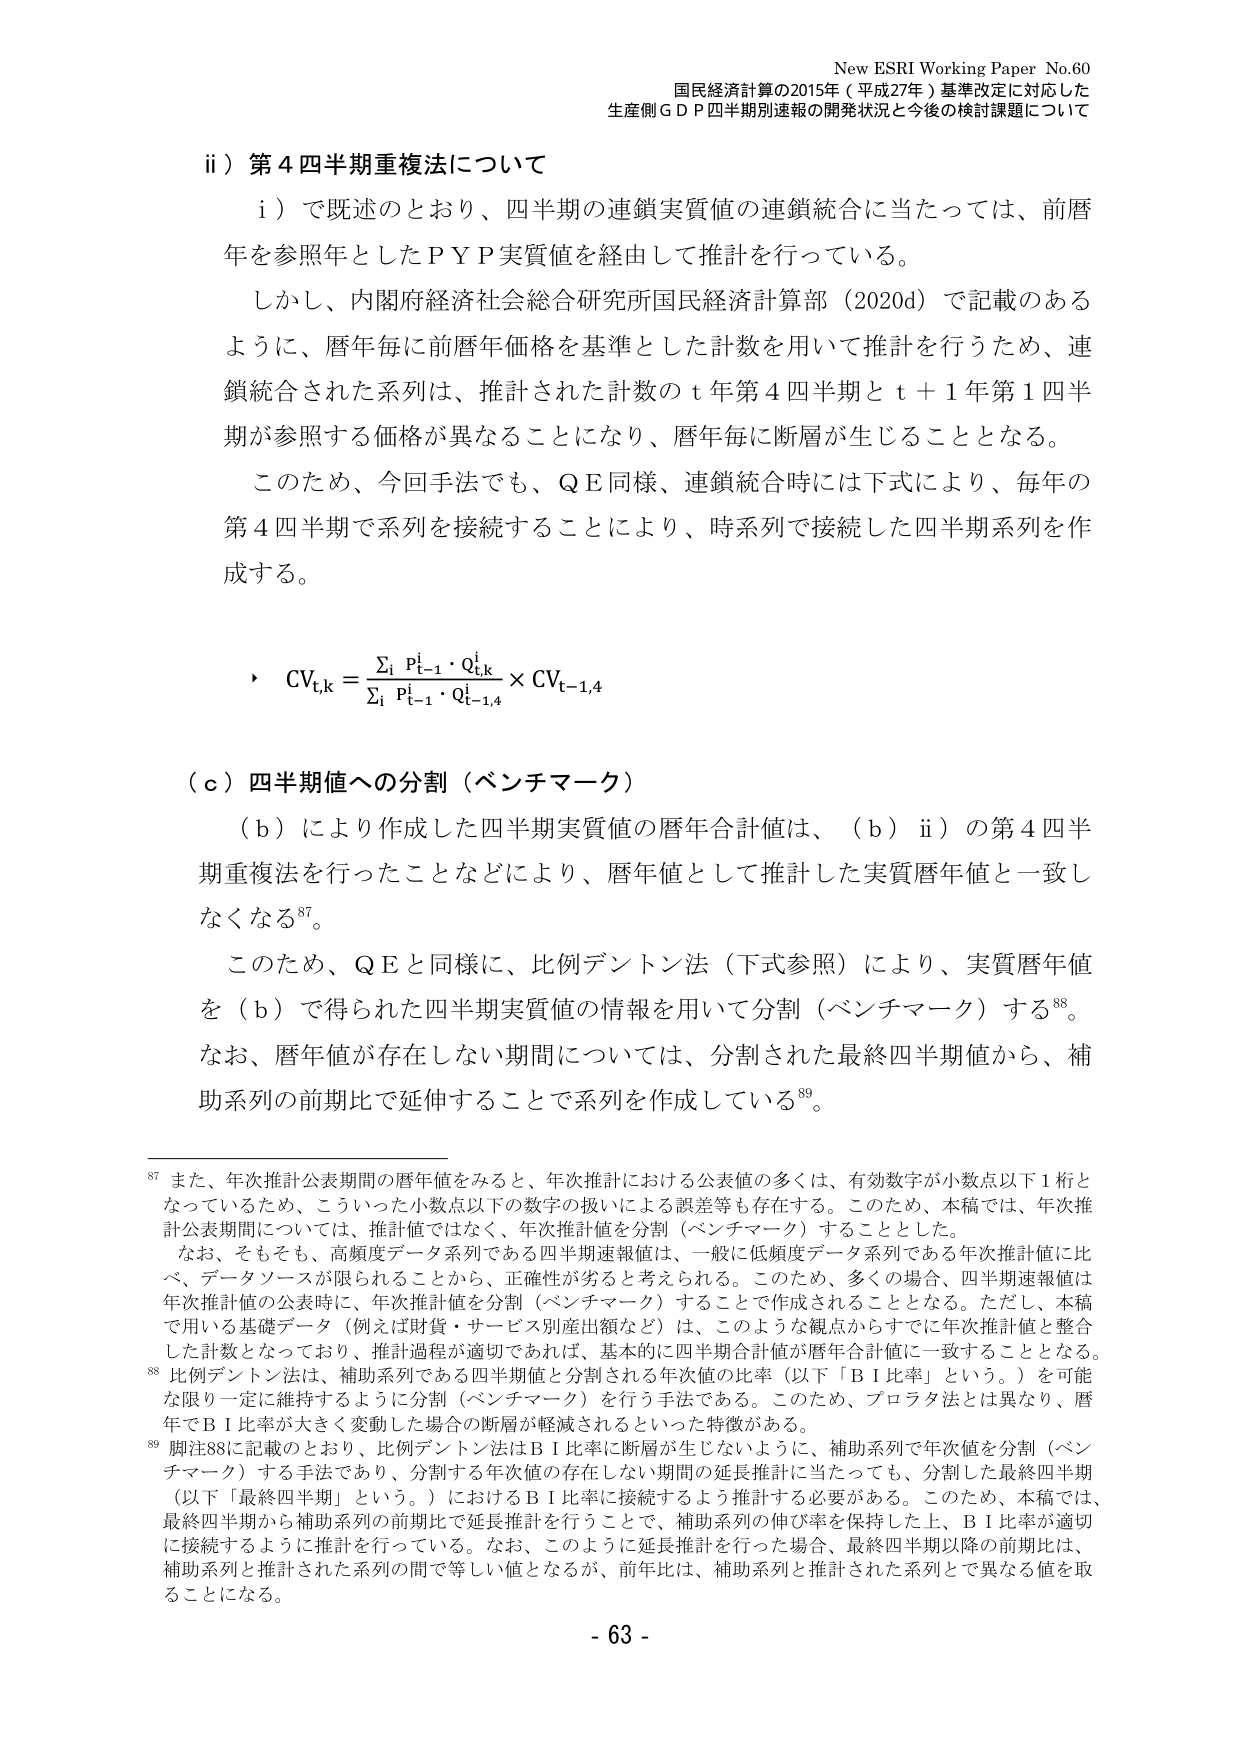
New ESRI Working Paper No.60
国民経済計算の2015年（平成27年）基準改定に対応した
生産側ＧＤＰ四半期別速報の開発状況と今後の検討課題について

ii）第4四半期重複法について
　i）で既述のとおり、四半期の連鎖実質値の連鎖統合に当たっては、前暦年を参照年としたＰＹＰ実質値を経由して推計を行っている。
　しかし、内閣府経済社会総合研究所国民経済計算部（2020d）で記載のあるように、暦年毎に前暦年価格を基準とした計数を用いて推計を行うため、連鎖統合された系列は、推計された計数のｔ年第4四半期とｔ＋1年第1四半期が参照する価格が異なることになり、暦年毎に断層が生じることとなる。
　このため、今回手法でも、ＱＥ同様、連鎖統合時には下式により、毎年の第4四半期で系列を接続することにより、時系列に接続した四半期系列を作成する。

　・　CVt,k = Σi pt-1 · Qt,k / Σi pt-1 · Qt-1,4 × CVt-1,4

（ｃ）四半期値への分割（ベンチマーク）
　（ｂ）により作成した四半期実質値の暦年合計値は、（ｂ）ii）の第4四半期重複法を行ったことなどにより、暦年値として推計した実質暦年値と一致しなくなる⁸⁷。
　このため、ＱＥと同様に、比例デントン法（下式参照）により、実質暦年値を（ｂ）で得られた四半期実質値の情報を用いて分割（ベンチマーク）する⁸⁸。
　なお、暦年値が存在しない期間については、分割された最終四半期値から、補助系列の前期比で延伸することで系列を作成している⁸⁹。

⁸⁷ また、年次推計公表期間の暦年値をみると、年次推計における公表値の多くは、有効数字が小数点以下1桁となっているため、こういった小数点以下の数字の扱いによる誤差等も存在する。このため、本稿では、年次推計公表期間については、推計値ではなく、年次推計値を分割（ベンチマーク）することとした。
　なお、そもそも、高頻度データ系列である四半期速報値は、一般に低頻度データ系列である年次推計値に比べ、データソースが限られることから、正確性が劣ると考えられる。このため、多くの場合、四半期速報値は年次推計値の公表時に、年次推計値を分割（ベンチマーク）することで作成されることとなる。ただし、本稿で用いる基礎データ（例えば財貨・サービス別産出額など）は、このような観点からすでに年次推計値と整合した計数となっており、推計過程が適切であれば、基本的に四半期合計値が暦年合計値に一致することとなる。
⁸⁸ 比例デントン法は、補助系列である四半期値と分割される年次値の比率（以下「ＢＩ比率」という。）を可能な限り一定に維持するように分割（ベンチマーク）を行う手法である。このため、プロラタ法とは異なり、暦年でＢＩ比率が大きく変動した場合の断層が軽減されるといった特徴がある。
⁸⁹ 脚注88に記載のとおり、比例デントン法はＢＩ比率に断層が生じないように、補助系列で年次値を分割（ベンチマーク）する手法であり、分割する年次値の存在しない期間の延長推計に当たっても、分割した最終四半期（以下「最終四半期」という。）におけるＢＩ比率に接続するよう推計する必要がある。このため、本稿では、最終四半期から補助系列の前期比で延長推計を行うことで、補助系列の伸び率を保持した上、ＢＩ比率が適切に接続するように推計を行っている。なお、このように延長推計を行った場合、最終四半期以降の前期比は、補助系列と推計された系列の間で等しい値となるが、前年比は、補助系列と推計された系列とで異なる値を取ることになる。

- 63 -